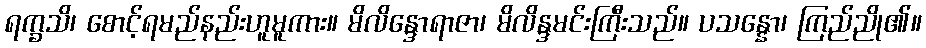
ရက္ခသိ၊ စောင့်ရမည်နည်းဟူမူကား။ မိလိန္ဒောရာဇာ၊ မိလိန္ဒမင်းကြီးသည်။ ပသန္နော၊ ကြည်ညို၏။